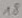
Text: 18